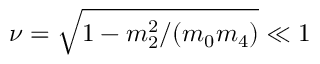
\nu = \sqrt { 1 - { m _ { 2 } ^ { 2 } } / { ( m _ { 0 } m _ { 4 } ) } } \ll 1